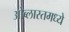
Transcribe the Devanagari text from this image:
ओब्लास्तमध्ये